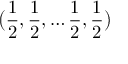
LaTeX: { \bigl ( } { \frac { 1 } { 2 } } , { \frac { 1 } { 2 } } , \ldots { \frac { 1 } { 2 } } , { \frac { 1 } { 2 } } { \bigr ) }